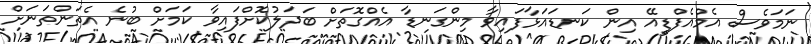
ނަމަވެސް އެމްއެފްޑީއޭ އިން ކަނޑައަޅާފައިވާ މިންގަނޑާ އެއްގޮތަށް ބަދަލުކޮށްފައިވާ ކަމަށް ބުނެ އެތަންތަނަށް